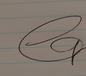
Signature authenticity: genuine